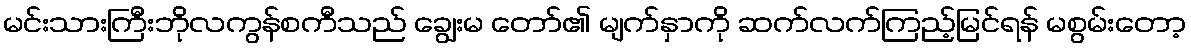
မင်းသားကြီးဘိုလကွန်စကီသည် ချွေးမ တော်၏ မျက်နှာကို ဆက်လက်ကြည့်မြင်ရန် မစွမ်းတော့